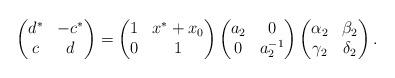
LaTeX: \begin{gather*}\left(\begin{matrix}d^*&-c^*\\c&d\end{matrix}\right)=\left(\begin{matrix}1&x^*+x_0\\0&1\end{matrix}\right)\left(\begin{matrix}a_2&0\\0&a_2^{-1}\end{matrix}\right)\left(\begin{matrix}\alpha_2&\beta_2\\\gamma_2&\delta_2\end{matrix}\right).\end{gather*}